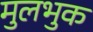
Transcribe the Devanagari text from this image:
मुलभुक